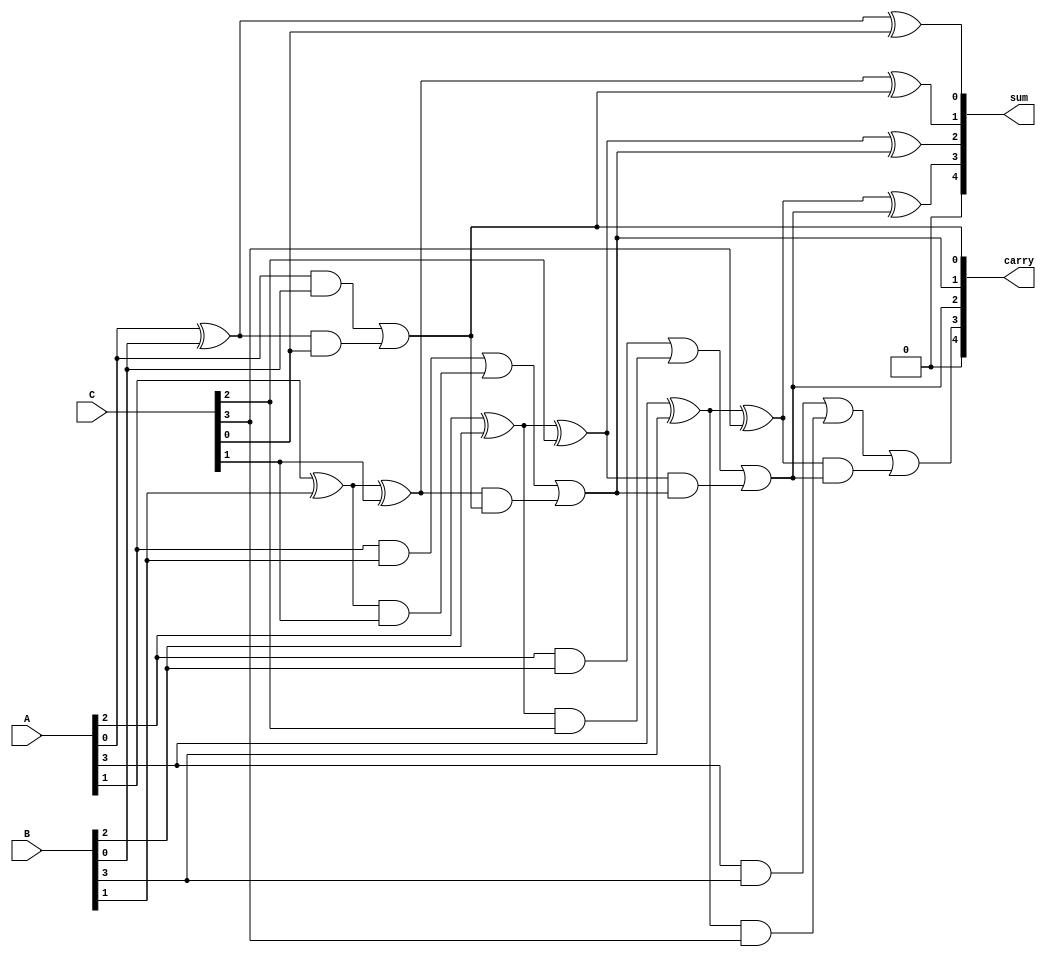
module CarrySaveAdder #(parameter N = 4) (
    input  [N-1:0] A, // First input
    input  [N-1:0] B, // Second input
    input  [N-1:0] C, // Third input
    output [N:0] sum, // Final sum output
    output [N:0] carry // Final carry output
);
    // Intermediate sums and carries
    wire [N-1:0] S1, S2; // Intermediate sums
    wire [N-1:0] C1, C2; // Intermediate carries

    // Generate intermediate sums and carries using full adders
    genvar i;
    generate
        for (i = 0; i < N; i = i + 1) begin : CSA
            // Full adder for the first two inputs (A and B)
            wire sum_ab = A[i] ^ B[i];
            wire carry_ab = A[i] & B[i];

            // Full adder for the sum_ab and C
            assign S1[i] = sum_ab ^ C[i];
            assign C1[i] = carry_ab | (sum_ab & C[i]);

            // Second stage full adder for the intermediate sums
            if (i > 0) begin
                assign S2[i] = S1[i] ^ C2[i-1];
                assign C2[i] = C1[i] | (S1[i] & C2[i-1]);
            end else begin
                assign S2[i] = S1[i];
                assign C2[i] = C1[i];
            end
        end
    endgenerate

    // Final carry propagation
    assign sum = S2;
    assign carry = C2;

endmodule